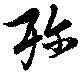
殄